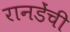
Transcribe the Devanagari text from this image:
रानडेंची